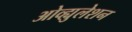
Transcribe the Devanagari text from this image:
ओव्ह्युलेशन